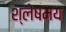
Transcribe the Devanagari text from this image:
श्लेषमय